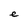
Character: e